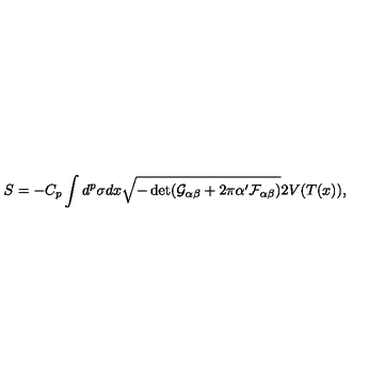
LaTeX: S = - C _ { p } \int d ^ { p } \sigma d x \sqrt { - \det ( \mathcal { G } _ { \alpha \beta } + 2 \pi \alpha ^ { \prime } \mathcal { F } _ { \alpha \beta } ) } 2 V ( T ( x ) ) ,